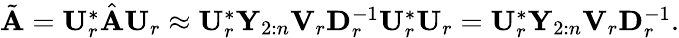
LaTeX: \begin{array}{r}{\tilde{\mathbf{A}}=\mathbf{U}_{r}^{*}\hat{\mathbf{A}}\mathbf{U}_{r}\approx\mathbf{U}_{r}^{*}\mathbf{Y}_{2:n}\mathbf{V}_{r}\mathbf{D}_{r}^{-1}\mathbf{U}_{r}^{*}\mathbf{U}_{r}=\mathbf{U}_{r}^{*}\mathbf{Y}_{2:n}\mathbf{V}_{r}\mathbf{D}_{r}^{-1}.}\end{array}